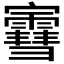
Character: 𫴤